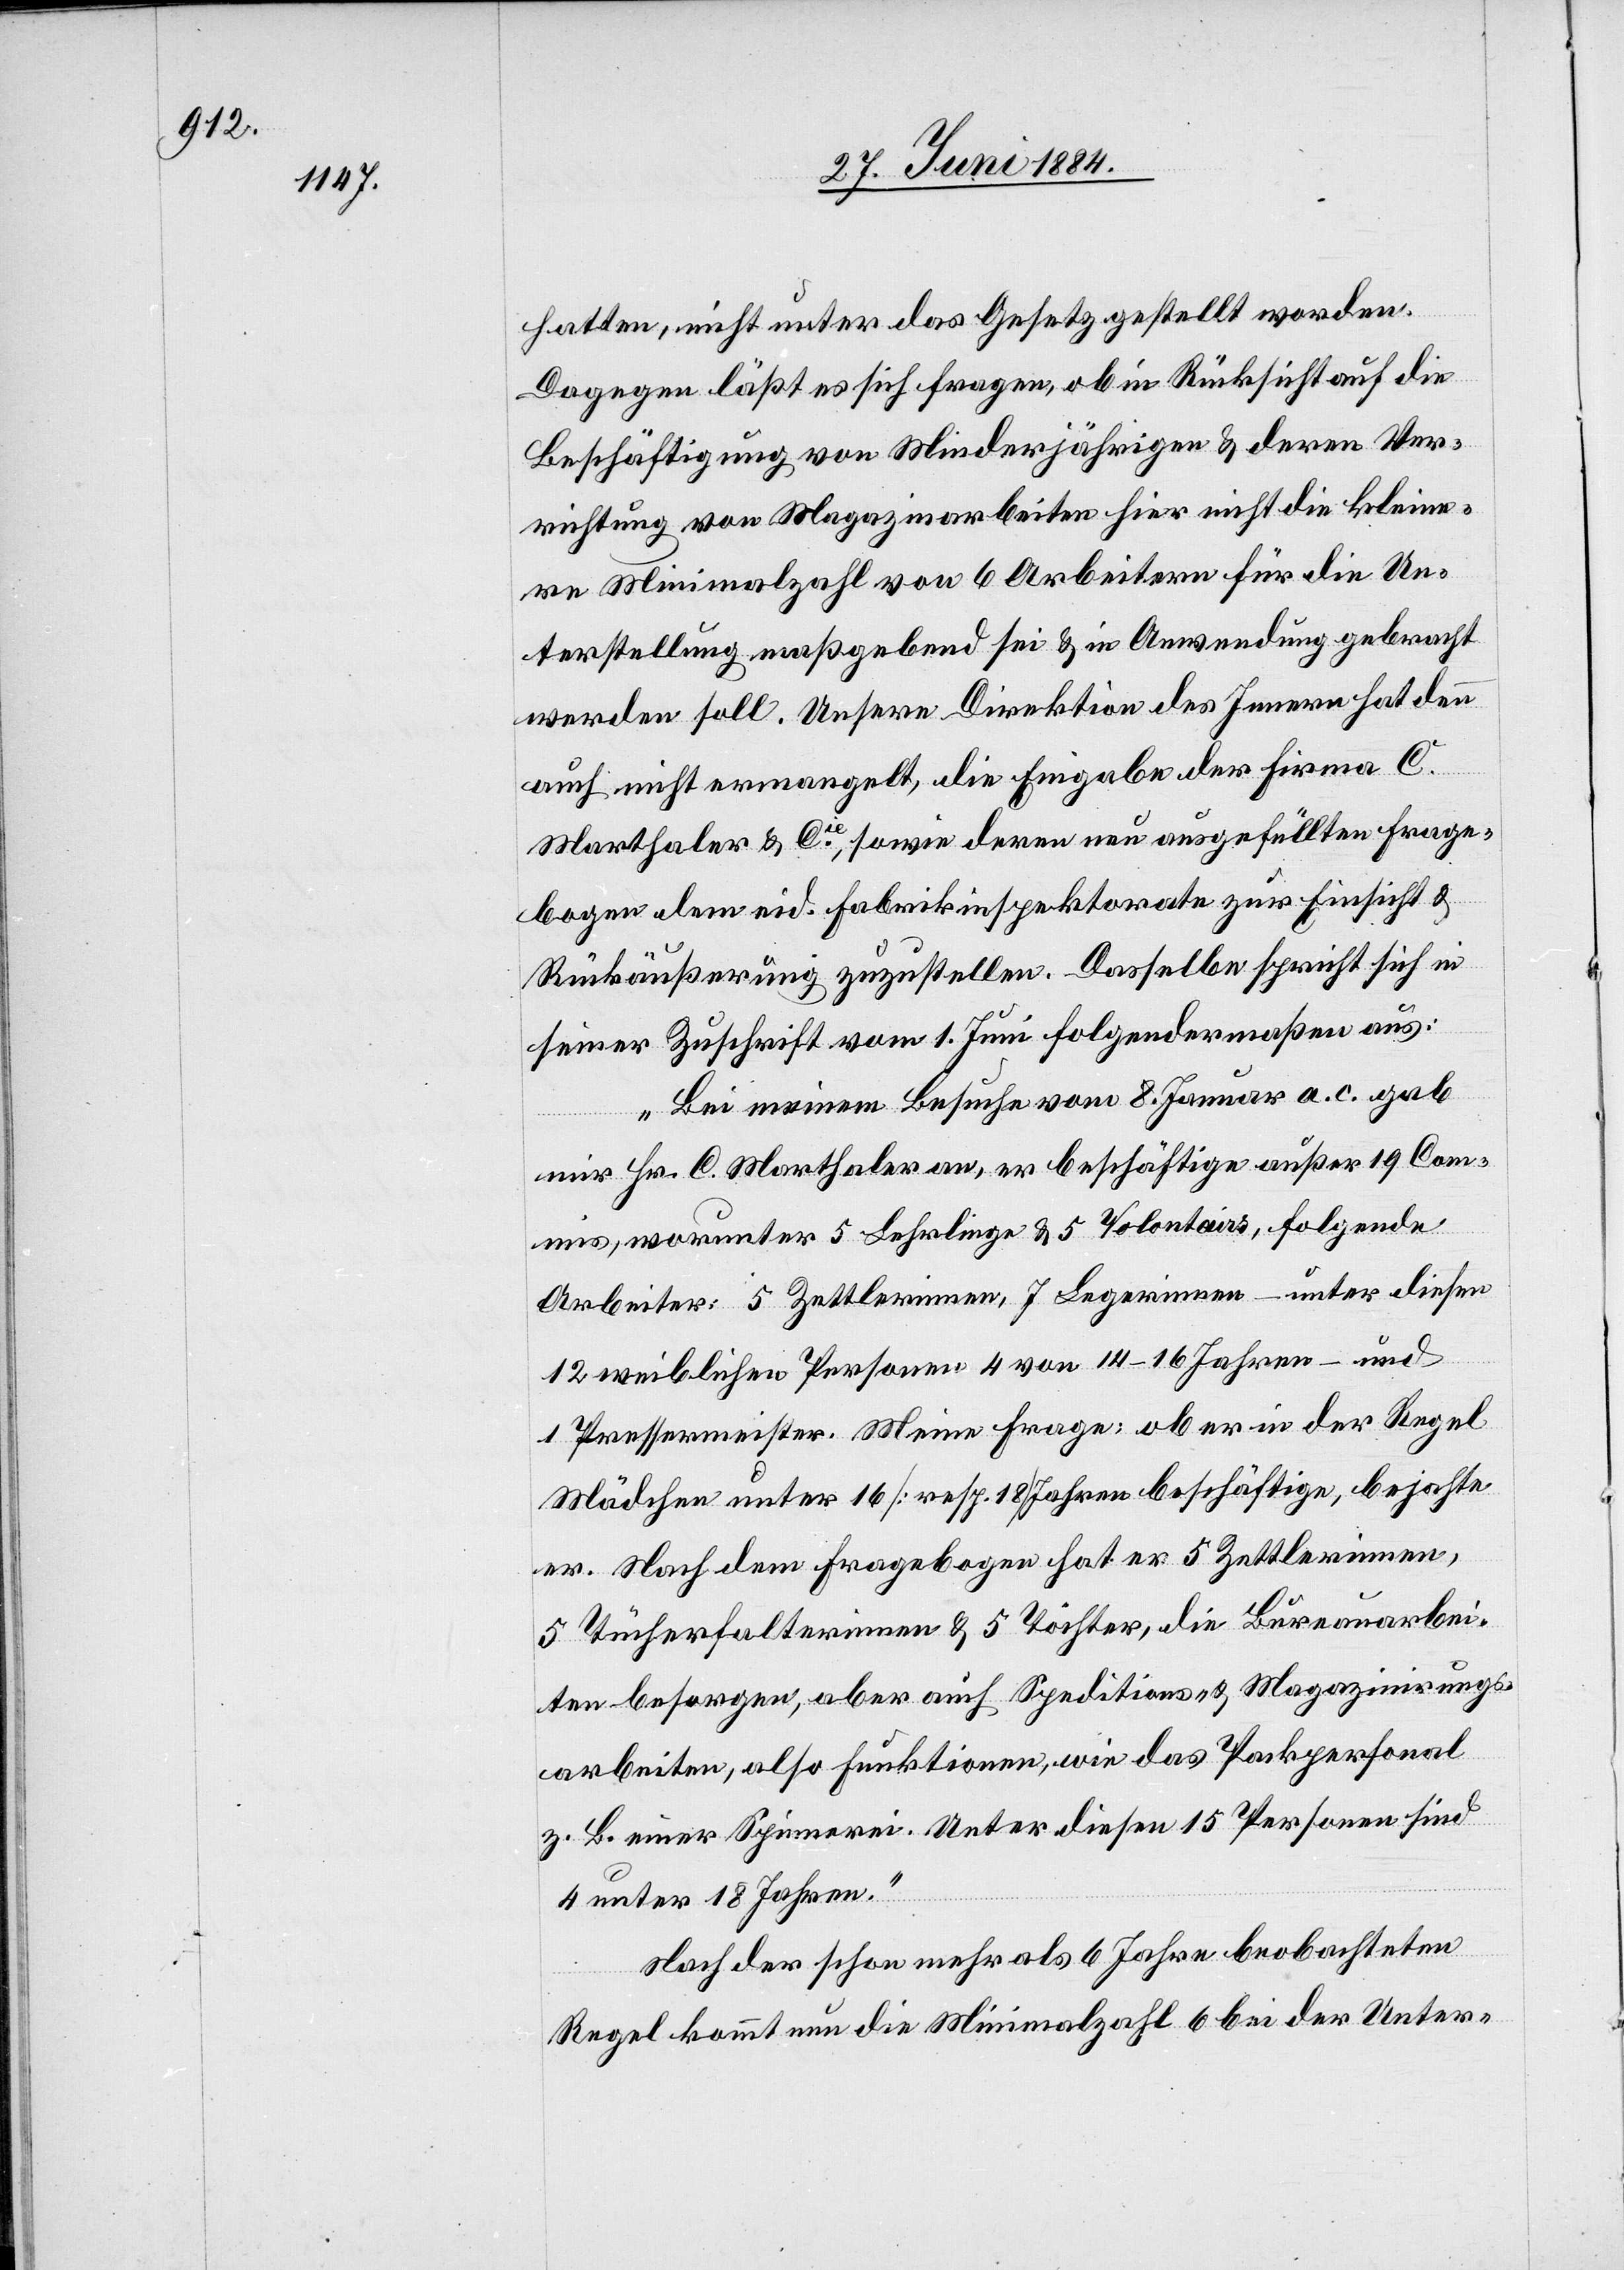
hatten, nicht unter das Gesetz gestellt worden.
Dagegen läßt es sich fragen, ob in Rücksicht auf die
Beschäftigung von Minderjährigen & deren Ver¬
richtung von Magazinarbeiten hier nicht die kleine¬
re Minimalzahl von 6 Arbeitern für die Un¬
terstellung maßgebend sei & in Anwendung gebracht
werden soll. Unsere Direktion des Innern hat denn
auch nicht ermangelt, die Eingabe der Firma C.
Marthaler & Cie, sowie deren neu ausgefüllten Frage¬
bogen dem eid. Fabrikinspektorate zur Einsicht &
Rückäußerung zuzustellen. Dasselbe spricht sich in
seiner Zuschrift vom 1. Juni folgendermaßen aus:
„Bei meinem Besuche vom 8. Januar a. c. gab
mir Hr. C. Marthaler an, er beschäftige außer 19 Com¬
mis, worunter 5 Lehrlinge & 5 Volontairs, folgende
Arbeiter: 5 Zettlerinnen, 7 Legerinnen – unter diesen
12 weibliche Personen 4 von 14–16 Jahren – und
1 Pressermeister. Meine Frage: ob er in der Regel
Mädchen unter 16 [resp. 18] Jahren beschäftige, bejahte
er. Nach dem Fragebogen hat er 5 Zettlerinnen,
5 Tücherfalterinnen & 5 Töchter, die Bureauarbei¬
ten besorgen, aber auch Speditions- & Magazinirungs¬
arbeiten, also Funktionen, wie das Packpersonal
z. B. einer Spinnerei. Unter diesen 15 Personen sind
4 unter 18 Jahren.
Nach der schon mehr als 6 Jahre beobachteten
Regel kommt nun die Minimalzahl 6 bei der Unter-